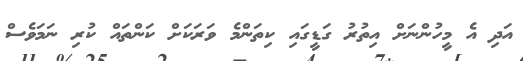
އަދި އެ މީހުންނަށް އިތުރު ގަޑީގައި ކިތަންމެ ވަރަކަށް ކަންތައް ކުރި ނަމަވެސް